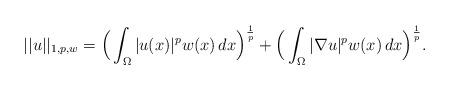
LaTeX: \begin{align*}||u||_{1,p,w} = \Big(\int_{\Omega}|u(x)|^{p} w(x)\,dx\Big)^\frac{1}{p} + \Big(\int_{\Omega}|\nabla u|^{p} w(x)\,dx\Big)^\frac{1}{p}.\end{align*}